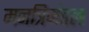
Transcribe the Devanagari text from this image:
मनत्रिमंडल